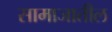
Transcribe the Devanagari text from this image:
सामाजातील